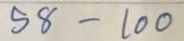
58 - 100